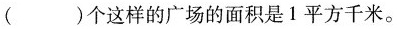
()个这样的广场的面积是1平方千米。